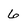
Character: 6